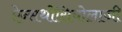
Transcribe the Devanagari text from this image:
ऐन्सथीसियोलाजी